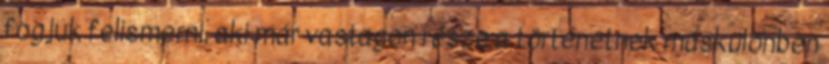
fogjuk felismerni, aki már vastagon része a történetnek máskülönben